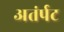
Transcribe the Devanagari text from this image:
अतंर्पट